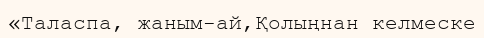
«Таласпа, жаным-ай,Қолыңнан келмеске